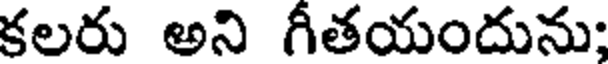
కలరు అని గీతయందునుః